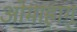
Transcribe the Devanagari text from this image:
ओमाहांगू